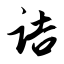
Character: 诘